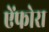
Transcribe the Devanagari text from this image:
ऐंफोरा